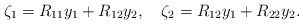
\begin{align*}\zeta_1=R_{11}y_1+R_{12}y_2,~~~\zeta_2=R_{12}y_1+R_{22}y_2.\end{align*}